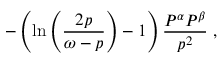
- \left( \ln \left( \frac { 2 p } { \omega - p } \right) - 1 \right) \frac { P ^ { \alpha } P ^ { \beta } } { p ^ { 2 } } \; ,